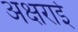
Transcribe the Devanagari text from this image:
अक्षराई